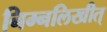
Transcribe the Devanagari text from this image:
निम्नलिखीत्